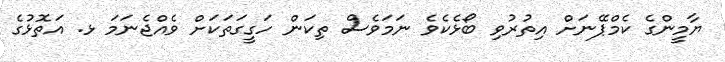
ޔާމީންގެ ކެމްޕޭނަށް އިތުރުވި ބޯޅެކެވެ ނަމަވެސް ތިކަން ހަގީގަތަކަށް ވެއްޖެނަމަ ޅ. އަތޮޅުގެ